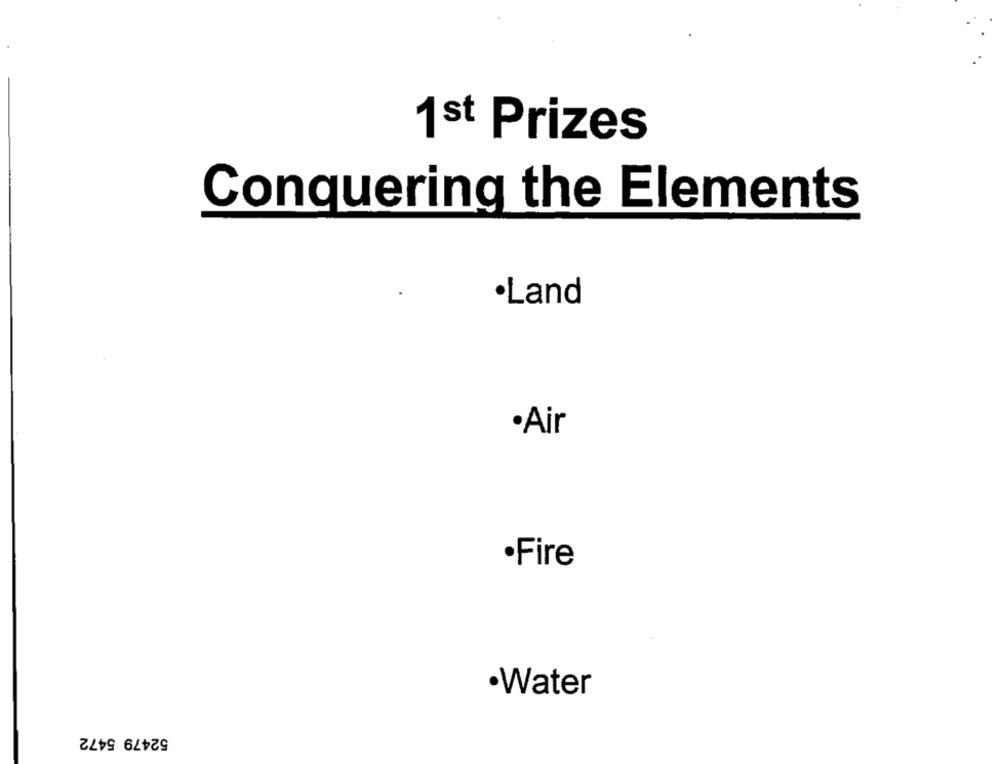
1st Prizes
Conquering the Elements
·Land
·Air
·Fire
·Water
52479 5472